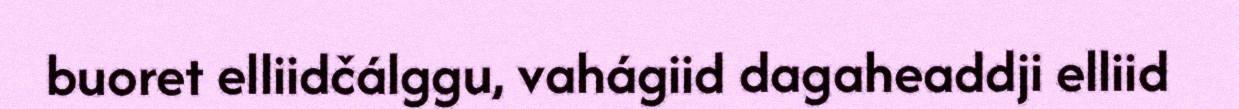
buoret elliidčálggu, vahágiid dagaheaddji elliid